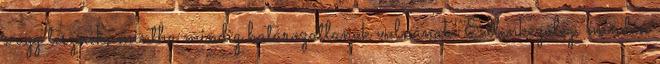
s úgy tesznek, mintha mindig határozatlanok volnának. Ellenkezőleg, minden